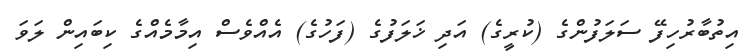
އިތުބާރުހިފޭ ސަލަފުންގެ (ކުރީގެ) އަދި ޚަލަފުގެ (ފަހުގެ) އެއްވެސް އިމާމެއްގެ ކިބައިން ލަވަ